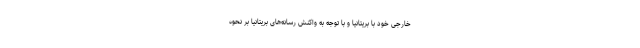
خارجی خود با بریتانیا و با توجه به واکنش رسانه‌های بریتانیا بر نحوه